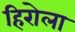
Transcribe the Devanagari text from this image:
हिरोला